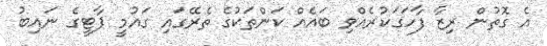
އެ ގޮތުން ރިޒާ ފާހަގަކުރެއްވި ބައެއް ކަންތަކުގެ ތެރޭގައި ގައުމީ ޕާޓީގެ ނައިބު